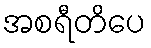
အစရီတိပေ